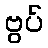
ဗွပ်